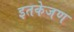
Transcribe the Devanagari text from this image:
इतकेजण